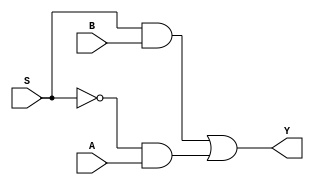
module MUX2(
	A,
	B,
	S,
	Y
);


input wire	A;
input wire	B;
input wire	S;
output wire	Y;

wire	BS;
wire	notS;
wire	notSandA;




assign	notSandA = notS & A;

assign	BS = S & B;

assign	Y = BS | notSandA;

assign	notS =  ~S;


endmodule